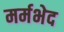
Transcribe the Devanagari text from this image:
मर्मभेद